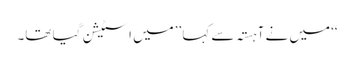
‘‘ میں نے آہستہ سے کہا ’’میں اسٹیشن گیا تھا۔